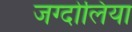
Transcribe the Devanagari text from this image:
जग्दोलिया